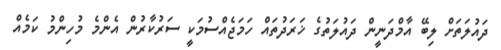
ދައުލަތަށް ލިބޭ އާމްދަނީން ދައުލަތުގެ ޚަރަދުތައް ހަމަޖެއްސުމަކީ ސަރުކާރުން އެންމެ މުހިންމު ކަމެއް